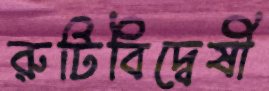
রুটিবিদ্বেষী